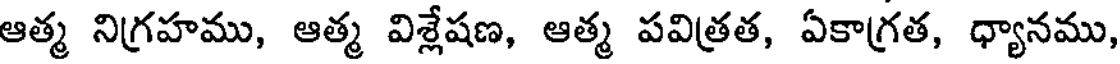
ఆత్మ నిగ్రహము, ఆత్మ విశ్లేషణ, ఆత్మ పవిత్రత, ఏకాగ్రత, ధ్యానము,